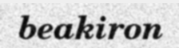
beakiron